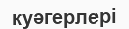
куәгерлері